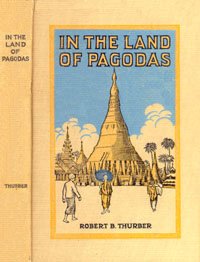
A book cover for In the land of pagodas; Robert Bruce Thurber; Travel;